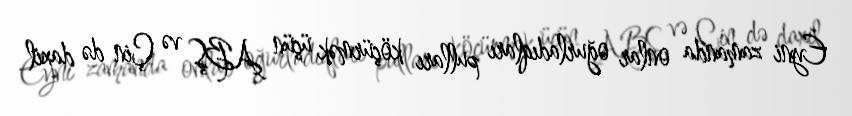
Eyni zamanda onlar oğurladıqları pulları köçürmək üçün ABŞ və Çin də daxil